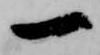
一